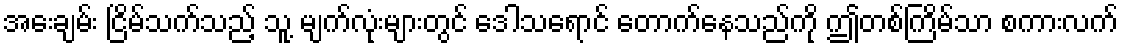
အေးချမ်း ငြိမ်သက်သည့် သူ့ မျက်လုံးများတွင် ဒေါသရောင် တောက်နေသည်ကို ဤတစ်ကြိမ်သာ စကားလက်